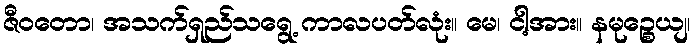
ဇီဝတော၊ အသက်ရှည်သရွေ့ ကာလပတ်လုံး။ မေ၊ ငါ့အား။ နမုဉ္စေယျ၊